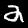
Label: 2